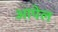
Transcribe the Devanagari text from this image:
आपेल